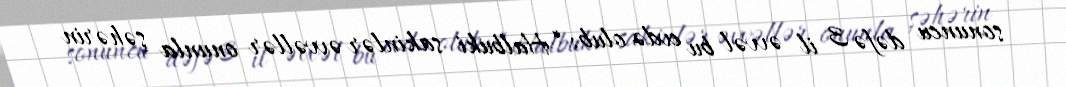
sonuncu dəfə 3 il əvvəl bu evdə olub: “Halbuki sakinlər əvvəllər onunla şəhərin